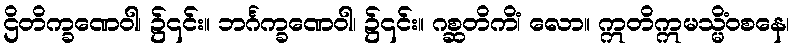
ဌိတိက္ခဏေဝါ၊ ၌၎င်း။ ဘင်္ဂက္ခဏေဝါ၊ ၌၎င်း။ ဂစ္ဆတိကိံ၊ လော။ ဣတိဣမသ္မိံဝစနေ၊